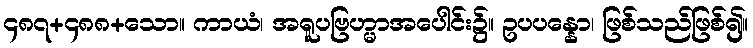
၄၈၇+၄၈၈+သော။ ကာယံ၊ အရူပဗြဟ္မာအပေါင်း၌။ ဥပပန္နော၊ ဖြစ်သည်ဖြစ်၍။